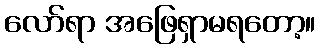
လော်ရာ အဖြေရှာမရတော့။